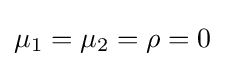
\mu _{1}=\mu _{2}=\rho =0